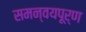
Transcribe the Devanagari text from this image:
समन्वयपूर्ण